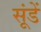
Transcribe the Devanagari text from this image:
सूंडें